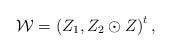
LaTeX: \begin{align*}\mathcal{W}=\left(Z_{1},Z_{2} \odot Z \right)^{t}, \end{align*}